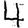
Digit: 4